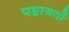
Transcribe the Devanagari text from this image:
पट्टायतों